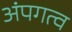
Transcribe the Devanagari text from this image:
अंपगत्व